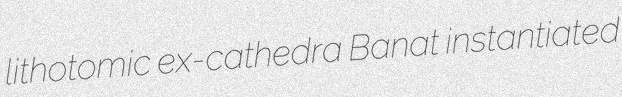
lithotomic ex-cathedra Banat instantiated